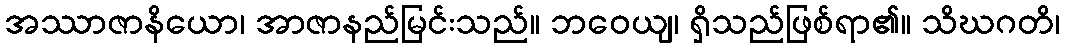
အဿာဇာနိယော၊ အာဇာနည်မြင်းသည်။ ဘဝေယျ၊ ရှိသည်ဖြစ်ရာ၏။ သိဃဂတိ၊